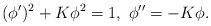
LaTeX: \begin{align*}(\phi')^2+K\phi^2 = 1,\ \phi''=-K\phi. \end{align*}